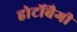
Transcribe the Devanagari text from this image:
होर्टोबैगी